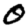
Digit: 0